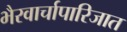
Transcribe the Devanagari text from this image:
भैरवार्चापारिजात